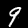
Digit: 9